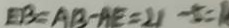
E B = A B - A E = 2 1 - 5 = R